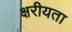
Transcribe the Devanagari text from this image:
क्षरीयता